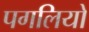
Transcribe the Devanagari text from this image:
पगलियो